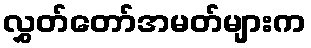
လွှတ်တော်အမတ်များက